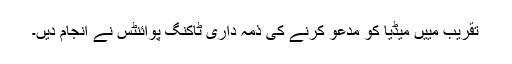
تقریب مییں میڈیا کو مدعو کرنے کی ذمہ داری ٹاکنگ پوائنٹس نے انجام دیں۔